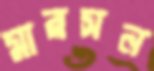
মারসন